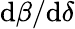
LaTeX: \mathrm{d}\beta/\mathrm{d}\delta